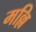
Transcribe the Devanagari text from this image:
मल्लि